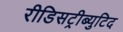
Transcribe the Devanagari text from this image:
रीडिसट्रीब्युटिद